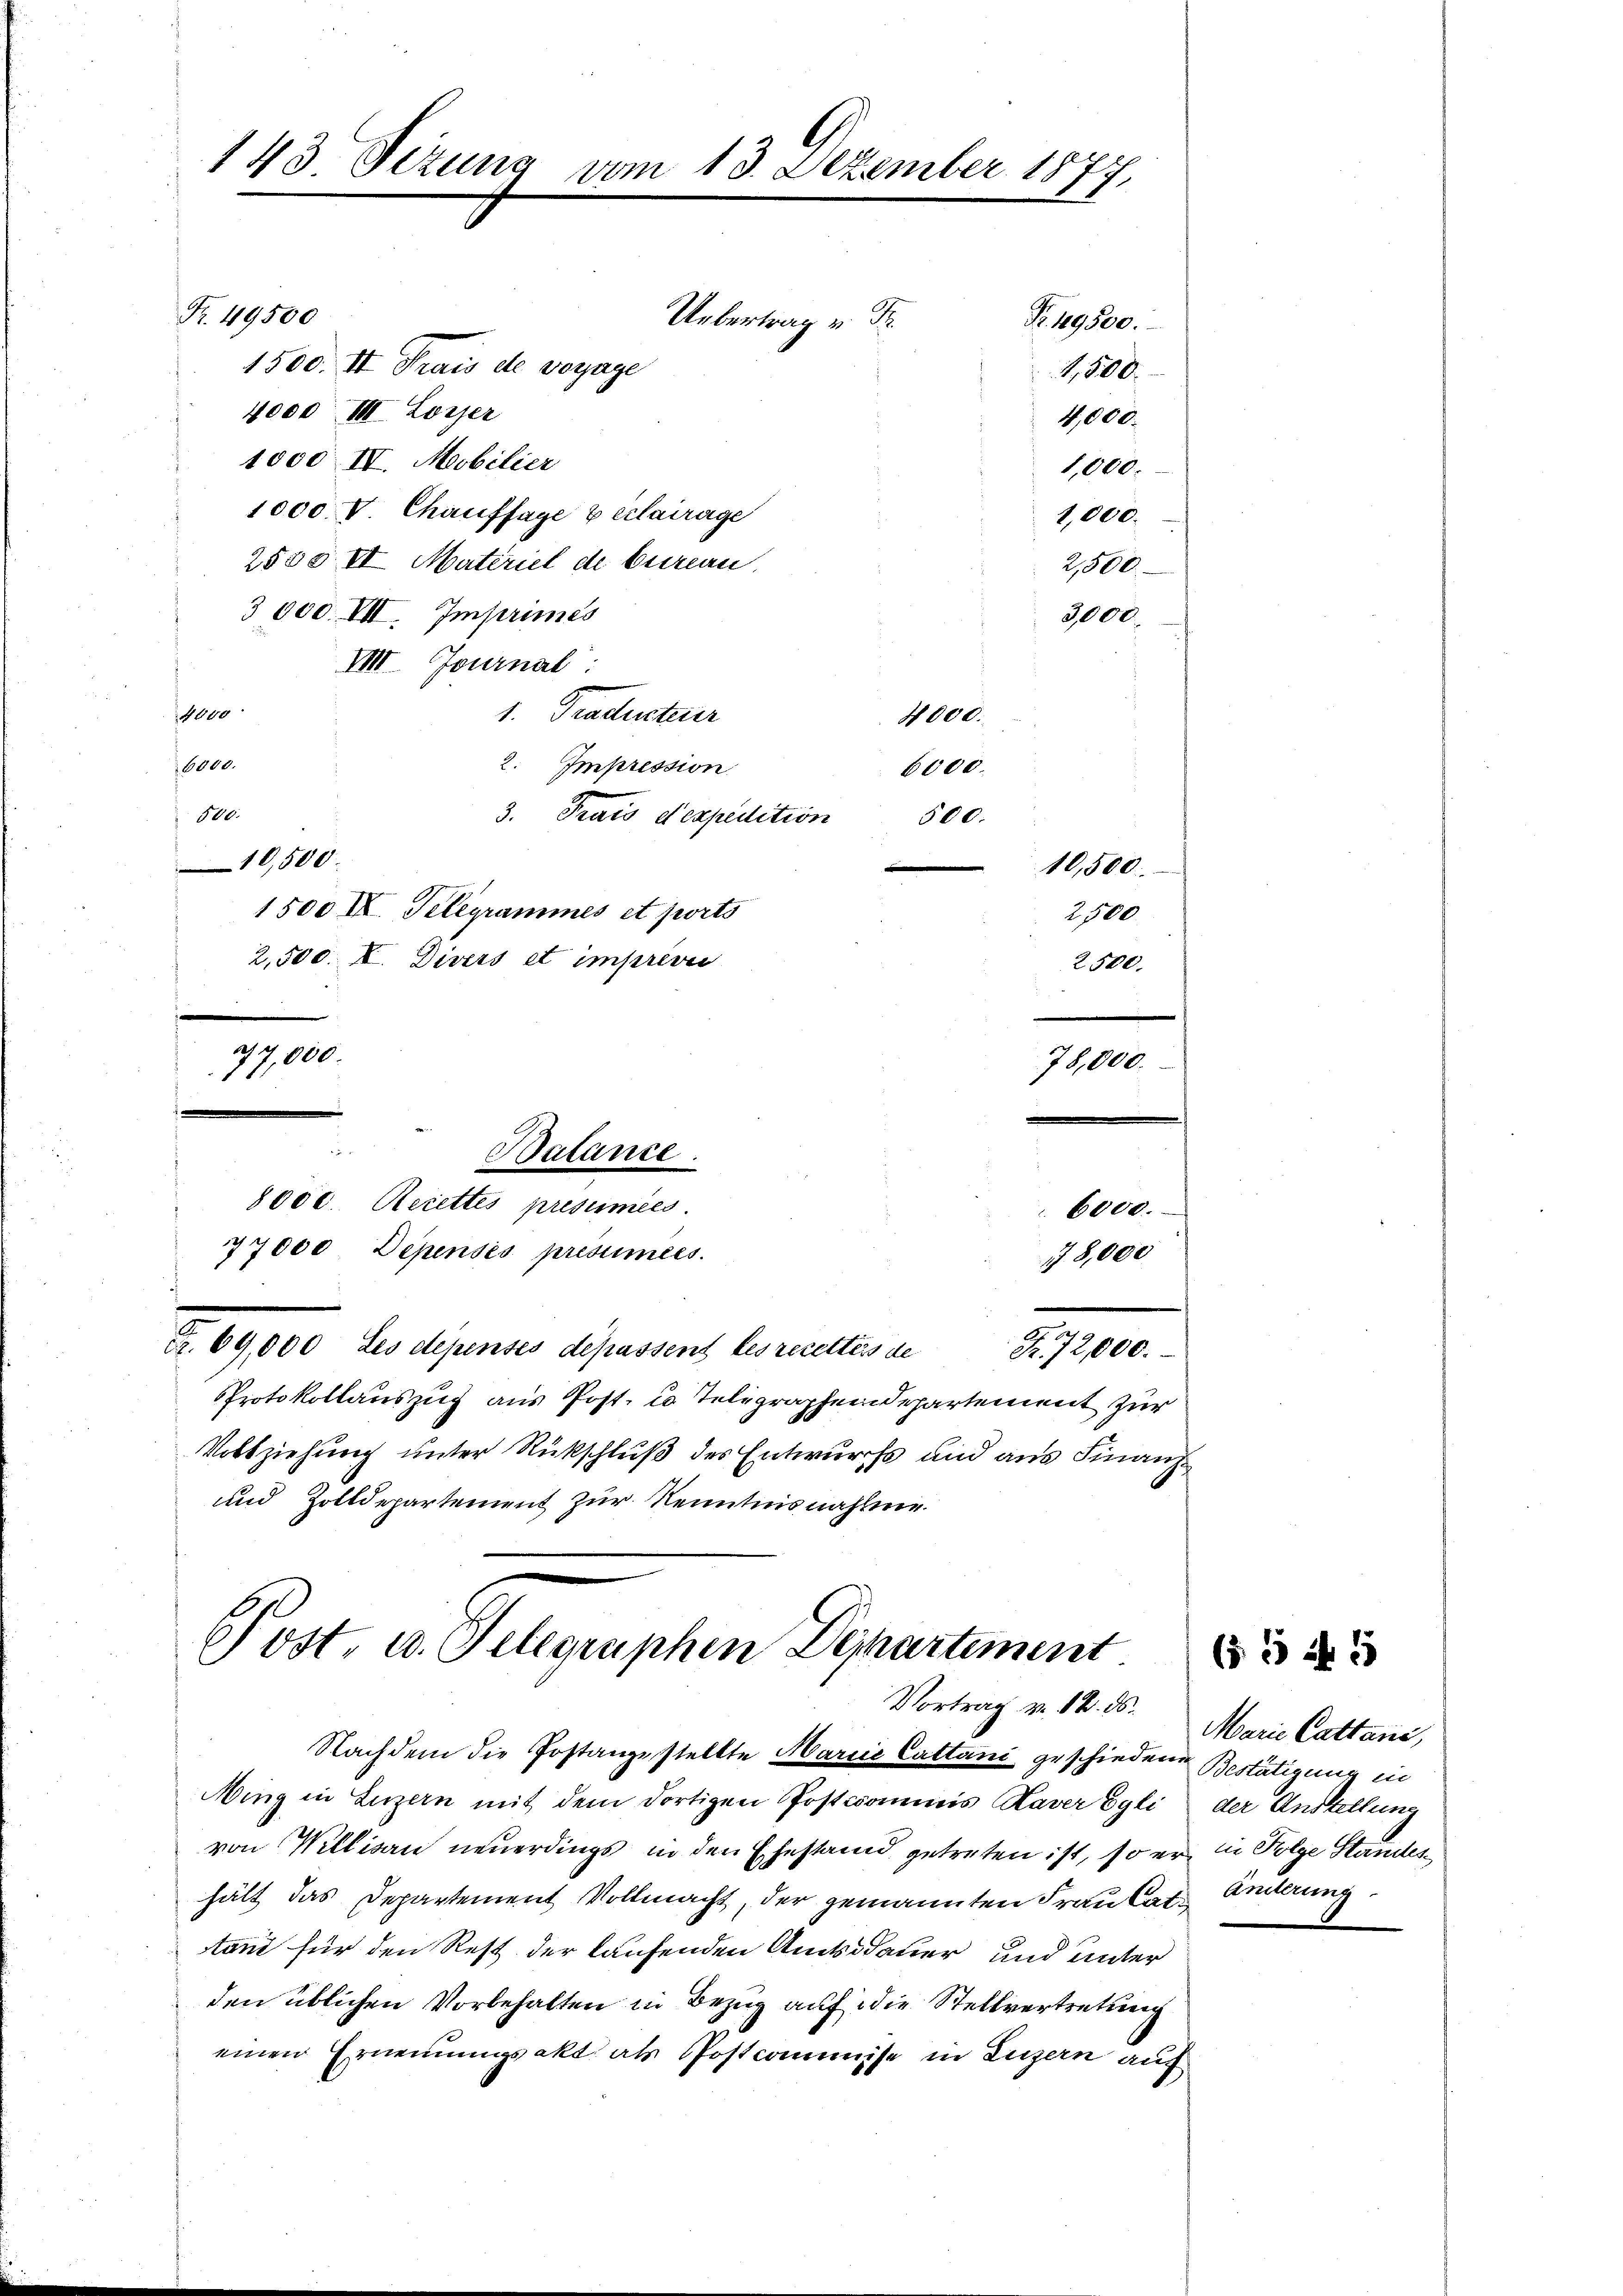
143 Sezung vom

Fr. 49500
Uebertrag v. Fr.
Fr. 19500.
1500. II Prais de voyage
4,800.
4000 III. Lorzer
4,000.
1000 IV. Mobilier
1,000.
1000. V. Chaufsage & erlairage
1,000.
2588 VI Materiel de beeren.
2,500
3 000 VII. Imprimes
3000.
VIII. Journal:
1000
1. Tradisterer
4000.
6000.
2. Impression.
6000.
500.
3. Prais et expedition
500.
10,500.
10,500.
1500 I Telegrammes et ports
2500
2,500. I. Divers et imprivi
2500.
77,000.
78,000.

. 69,000 Les depenses depassent les recetters de
PProtokollauszug aus Post. c. Telegraphendepartement zur
Vollziehung unter Rückschluß des Entwurfs und aus Finanz
und Zolldepartement zur Kenntnisnahme.

e
Balance.
8000. Rerettes presumees.
77000 Depensés présumées.

13. Dezember 1877,

G. 179

Post v. Telegraphen Departement
Vortrag v. 12. 55. Marie Cattans,

e
18,000

Fr. 72,000.

Nachdem die Postanzestellte Marie Cattani geschiedenen Bestätigung in
Ming in Luzern mit dem dortigen Posticommis Xaver Egli der Anstellung
von Willisau neuerdings in den Ehestand getreten ist, so er in Folge Standen
hält das Departement Vollmacht, der genannten Frau Cat. Enderung
tani für den Rest der laufenden Amtsdauer und unter
den üblichen Vorbehalten in Bezug auf die Stellvertretung
einen Ernennungsakt als Postcommise in Luzern auf

(55 n 1